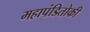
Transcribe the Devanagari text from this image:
महापंडितोकी